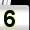
Digit: 5